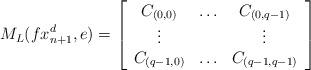
LaTeX: \begin{align*} M_L(fx_{n+1}^d,e) = \left[ \begin{array}{ccc} C_{(0,0)} & \ldots & C_{(0,q-1)} \\ \vdots& & \vdots \\ C_{(q-1,0)} & \ldots & C_{(q-1,q-1)} \\ \end{array} \right]\end{align*}